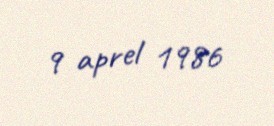
9 aprel 1986